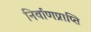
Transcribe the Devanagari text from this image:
निर्वाणप्राप्ति